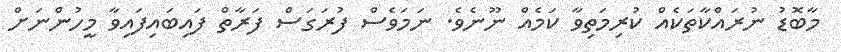
މާބޮޑު ނުރައްކާތަކެއް ކުރިމަތިވާ ކަމެއް ނޫނެވެ. ނަމަވެސް ފުރަގަސް ފަރާތް ފައިބައިފައިވާ މީހުންނަށް